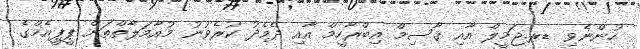
ހުންނެވި ޑރ.ޖަމީލް އާއި ޤާސިމް އިބްރާހީމް އާއި ދެމެދު ކުރެވުނު މުއާމަލާތްތަށް ޕީޕީއެމްގެ